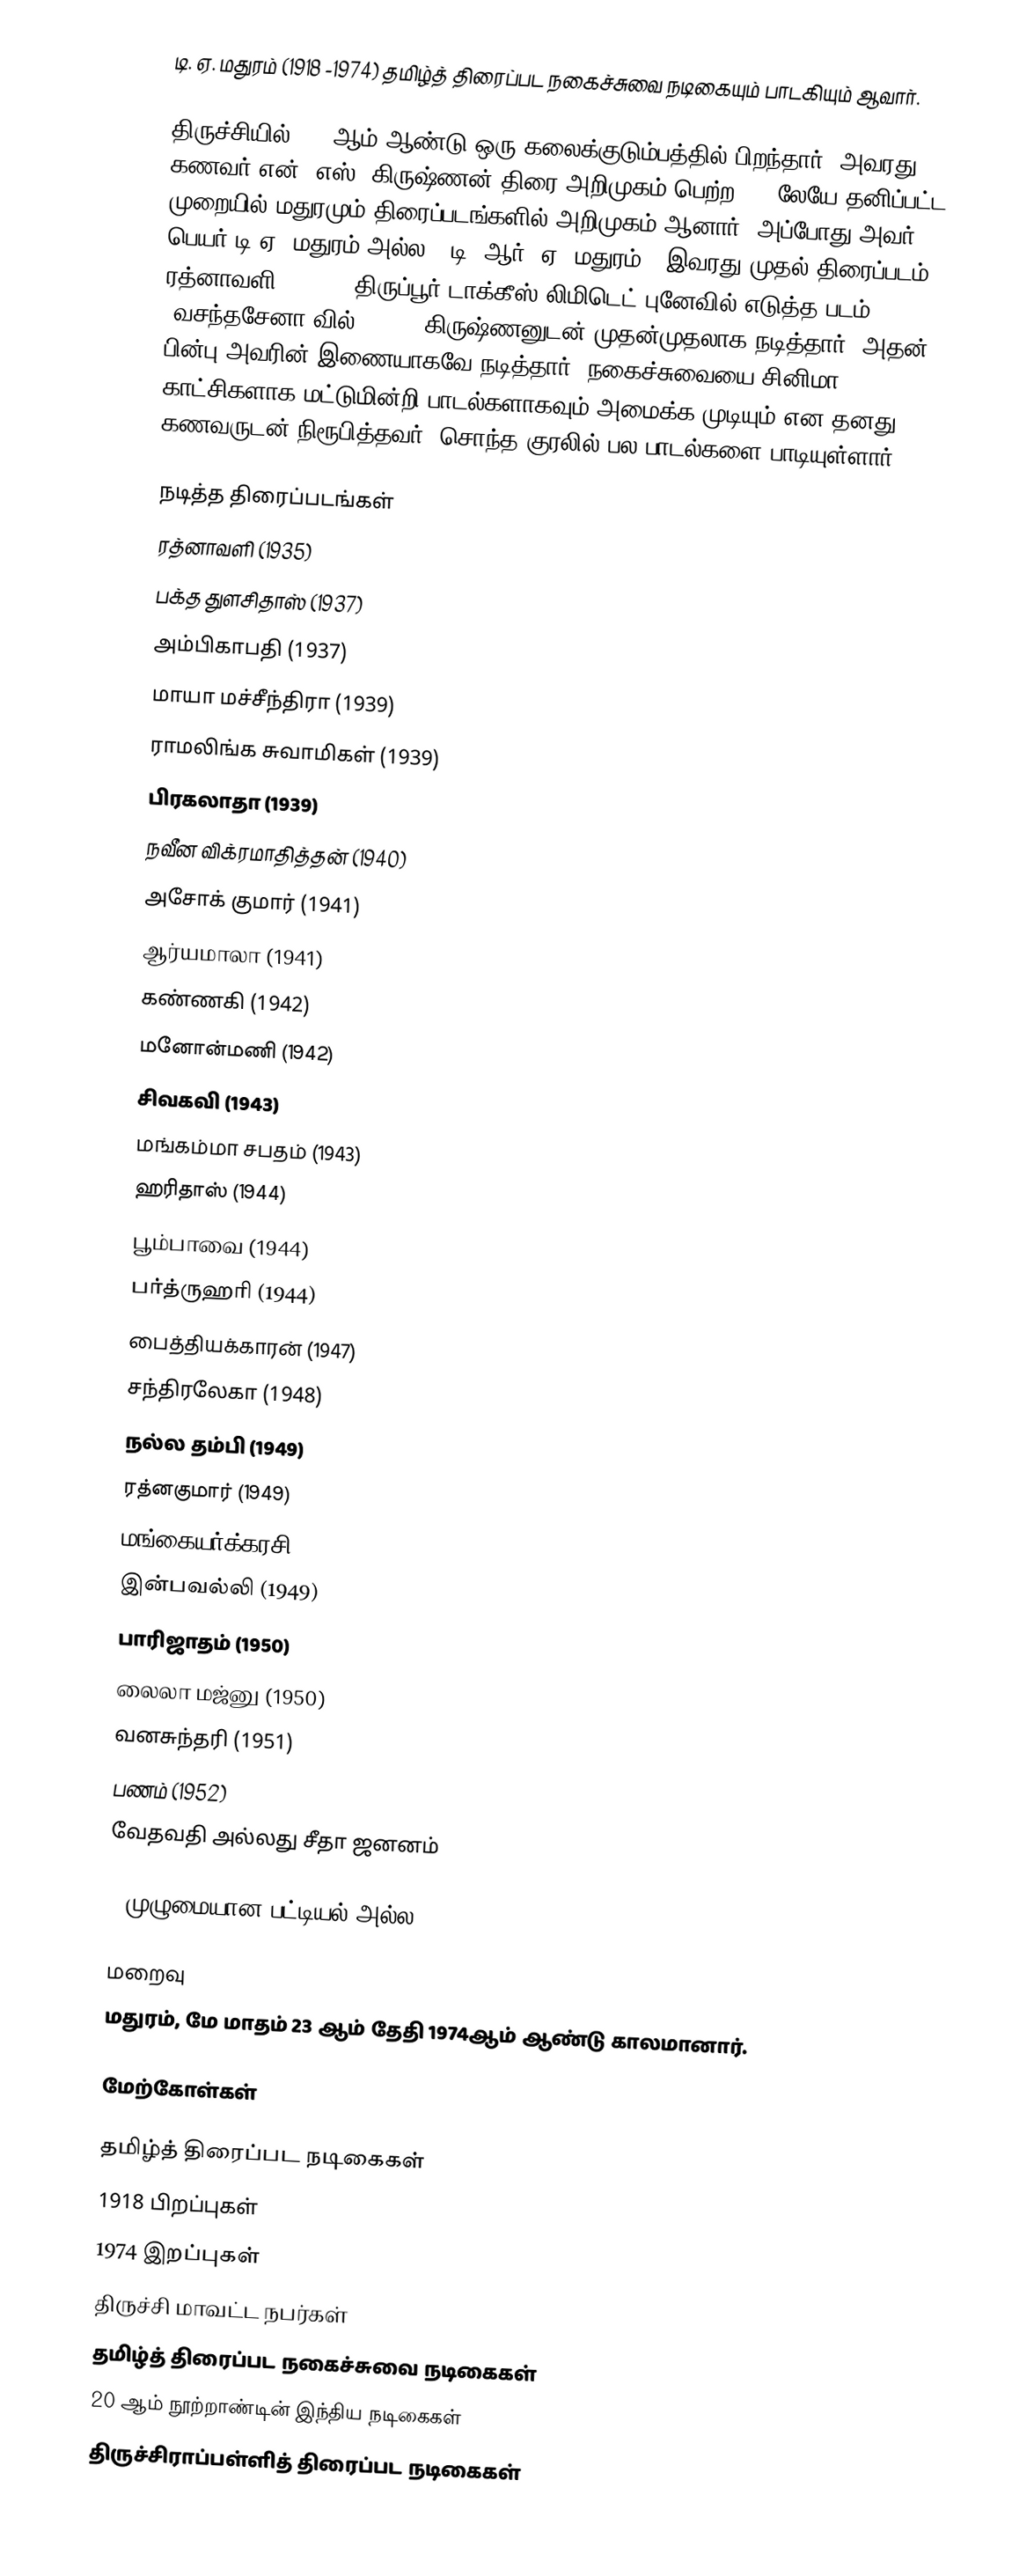
டி. ஏ. மதுரம் (1918 -1974) தமிழ்த் திரைப்பட நகைச்சுவை நடிகையும் பாடகியும் ஆவார்.

திருச்சியில் 1918ஆம் ஆண்டு ஒரு கலைக்குடும்பத்தில் பிறந்தார். அவரது கணவர் என். எஸ். கிருஷ்ணன் திரை அறிமுகம் பெற்ற 1935லேயே தனிப்பட்ட முறையில் மதுரமும் திரைப்படங்களில் அறிமுகம் ஆனார். அப்போது அவர் பெயர் டி.ஏ. மதுரம் அல்ல, ”டி. ஆர். ஏ. மதுரம்”. இவரது முதல் திரைப்படம் ரத்னாவளி (1935). திருப்பூர் டாக்கீஸ் லிமிடெட் புனேவில் எடுத்த படம் ‘வசந்தசேனா'வில் (1936) கிருஷ்ணனுடன் முதன்முதலாக நடித்தார். அதன் பின்பு அவரின் இணையாகவே நடித்தார். நகைச்சுவையை சினிமா காட்சிகளாக மட்டுமின்றி பாடல்களாகவும் அமைக்க முடியும் என தனது கணவருடன் நிரூபித்தவர். சொந்த குரலில் பல பாடல்களை பாடியுள்ளார்.

நடித்த திரைப்படங்கள்
 ரத்னாவளி (1935)
 பக்த துளசிதாஸ் (1937)
 அம்பிகாபதி (1937)
 மாயா மச்சீந்திரா (1939)
 ராமலிங்க சுவாமிகள் (1939)
 பிரகலாதா (1939)
 நவீன விக்ரமாதித்தன் (1940)
 அசோக் குமார் (1941)
 ஆர்யமாலா (1941)
 கண்ணகி (1942)
 மனோன்மணி (1942)
 சிவகவி (1943)
 மங்கம்மா சபதம் (1943)
 ஹரிதாஸ் (1944)
 பூம்பாவை (1944)
 பர்த்ருஹரி (1944)
 பைத்தியக்காரன் (1947)
 சந்திரலேகா (1948)
 நல்ல தம்பி (1949)
 ரத்னகுமார் (1949)
 மங்கையர்க்கரசி (1949)
 இன்பவல்லி (1949)
 பாரிஜாதம் (1950)
 லைலா மஜ்னு (1950)
 வனசுந்தரி (1951)
 பணம் (1952)
 வேதவதி அல்லது சீதா ஜனனம்

*(முழுமையான பட்டியல் அல்ல)

மறைவு
மதுரம், மே மாதம் 23 ஆம் தேதி 1974ஆம் ஆண்டு காலமானார்.

மேற்கோள்கள்

தமிழ்த் திரைப்பட நடிகைகள்
1918 பிறப்புகள்
1974 இறப்புகள்
திருச்சி மாவட்ட நபர்கள்
தமிழ்த் திரைப்பட நகைச்சுவை நடிகைகள்
20 ஆம் நூற்றாண்டின் இந்திய நடிகைகள்
திருச்சிராப்பள்ளித் திரைப்பட நடிகைகள்